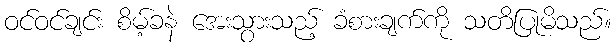
ဝင်ဝင်ချင်း စိမ့်ခနဲ အေးသွားသည့် ခံစားချက်ကို သတိပြုမိသည်။